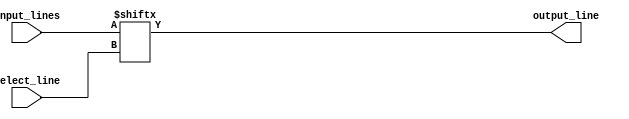
module multiplexer_1024_to_1 (
  input [1023:0] input_lines,
  input [9:0] select_line,
  output output_line
);

  assign output_line = input_lines[select_line];

endmodule